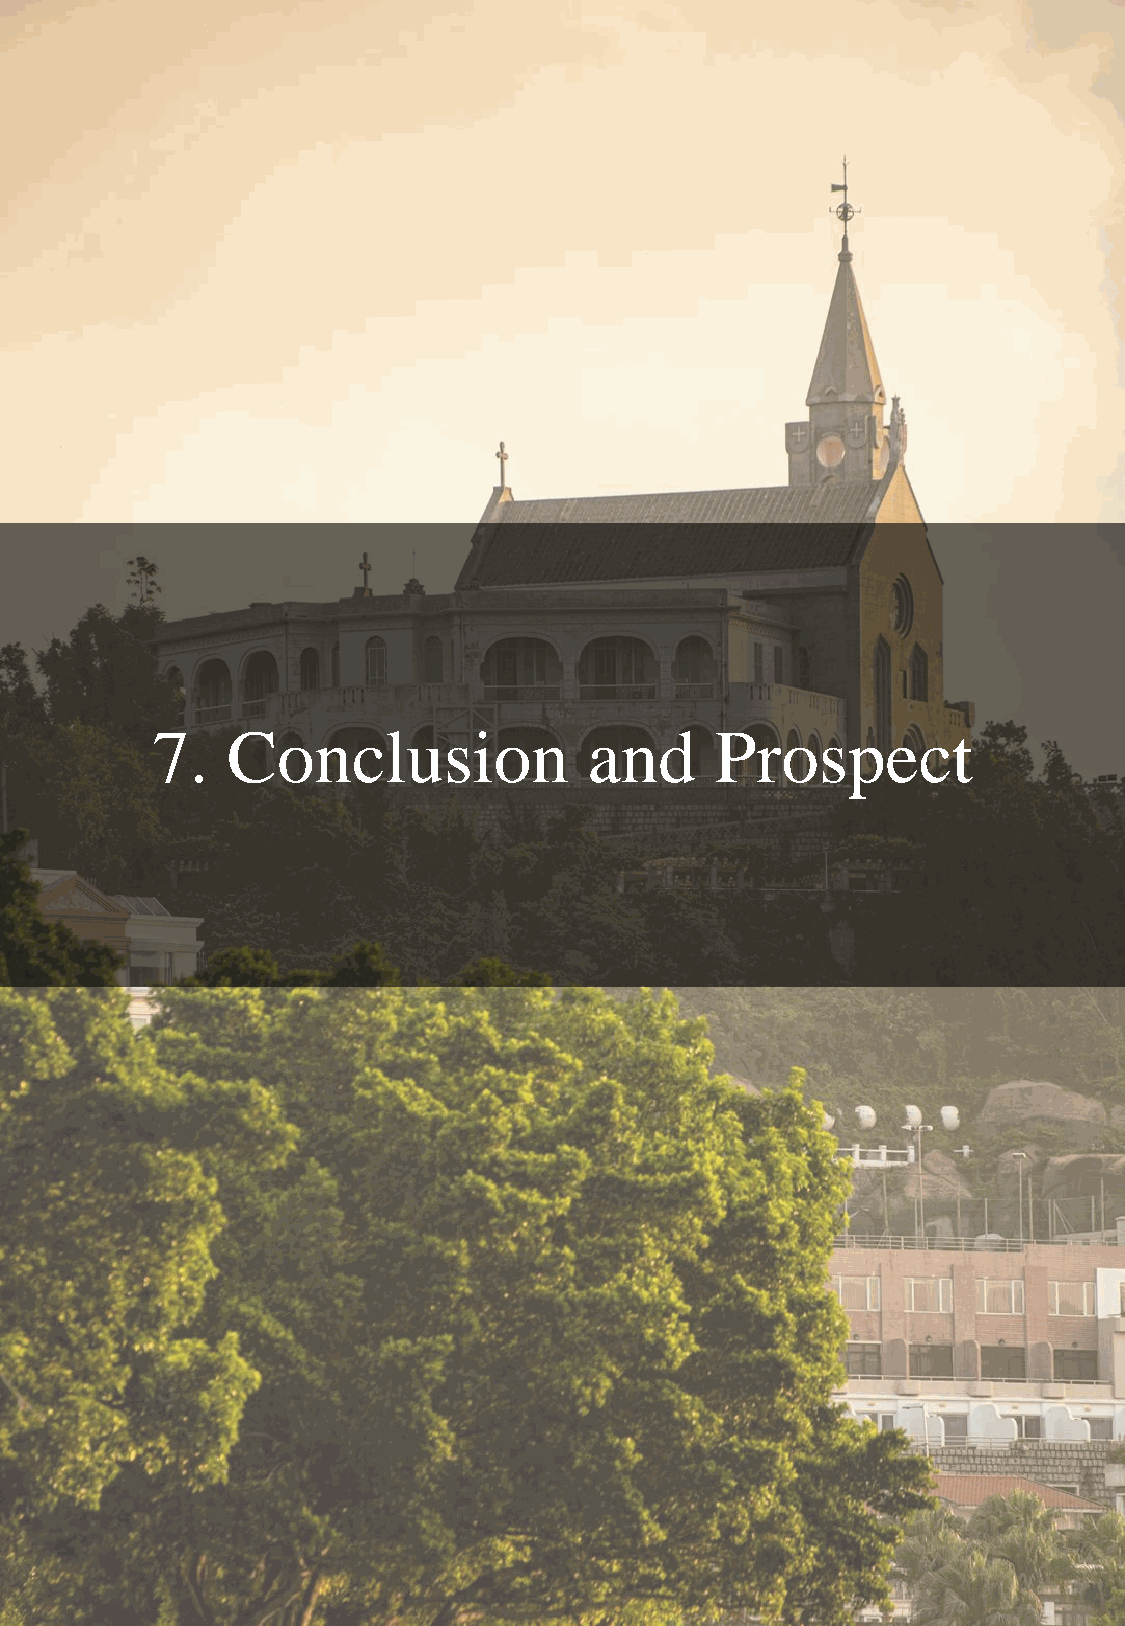
7.   Conclusion              and     Prospect